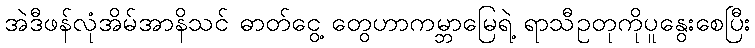
အဲဒီဖန်လုံအိမ်အာနိသင် ဓာတ်ငွေ့ တွေဟာကမ္ဘာမြေရဲ့ ရာသီဥတုကိုပူနွေးစေပြီး